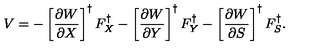
V = - \left[ { \frac { \partial W } { \partial X } } \right] ^ { \dag } F _ { X } ^ { \dag } - \left[ { \frac { \partial W } { \partial Y } } \right] ^ { \dag } F _ { Y } ^ { \dag } - \left[ { \frac { \partial W } { \partial S } } \right] ^ { \dag } F _ { S } ^ { \dag } .